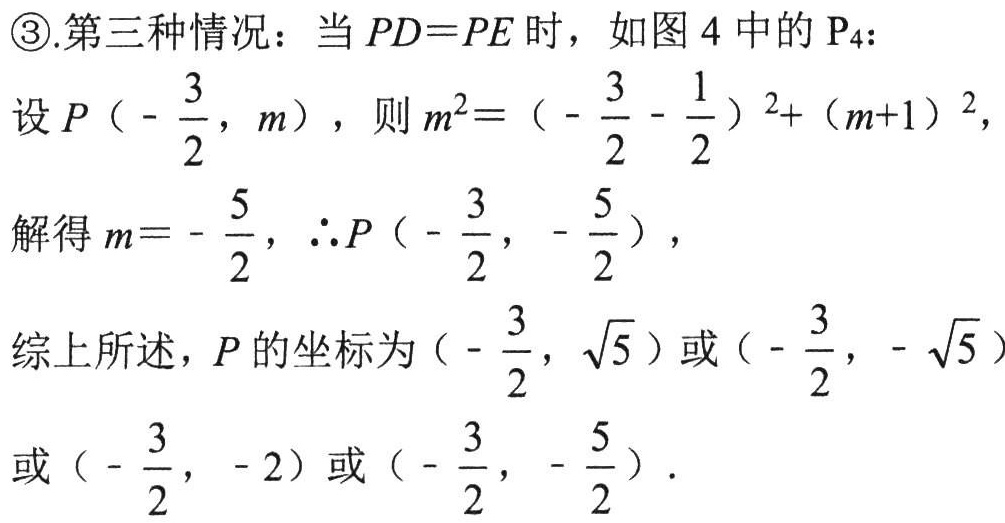
\textcircled{3}.第三种情况：当 \(PD = PE\) 时，如图 \(4\) 中的 \(\mathrm{P}_{4}\)：
设 \(P\left(-\frac{3}{2},m\right)\)，则 \(m^{2}=\left(-\frac{3}{2}-\frac{1}{2}\right)^{2}+(m + 1)^{2}\)，
解得 \(m=-\frac{5}{2}\)，\(\therefore P\left(-\frac{3}{2},-\frac{5}{2}\right)\)，
综上所述，\(P\) 的坐标为 \(\left(-\frac{3}{2},\sqrt{5}\right)\) 或 \(\left(-\frac{3}{2},-\sqrt{5}\right)\)
或 \(\left(-\frac{3}{2},-2\right)\) 或 \(\left(-\frac{3}{2},-\frac{5}{2}\right)\)．